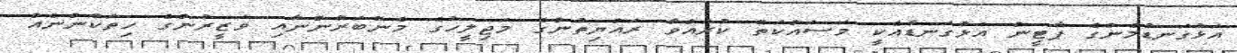
އަޅުގަނޑުމެންގެ ޕާޓީން އަޅުގަނޑާއެކީ މަސައްކަތް ކުރައްވާ ރައްޔިތުންގެ މަޖިލީހުގެ މެންބަރުންނާއި ވަޒީރުންގެ ހިތަކުންނެއް